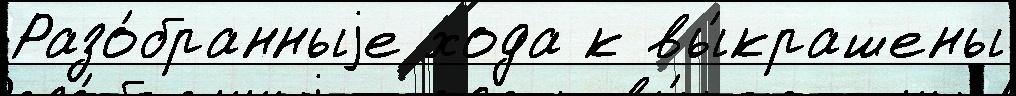
Разо́бранныjе хода к вы́крашены